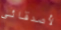
لأصدقائي